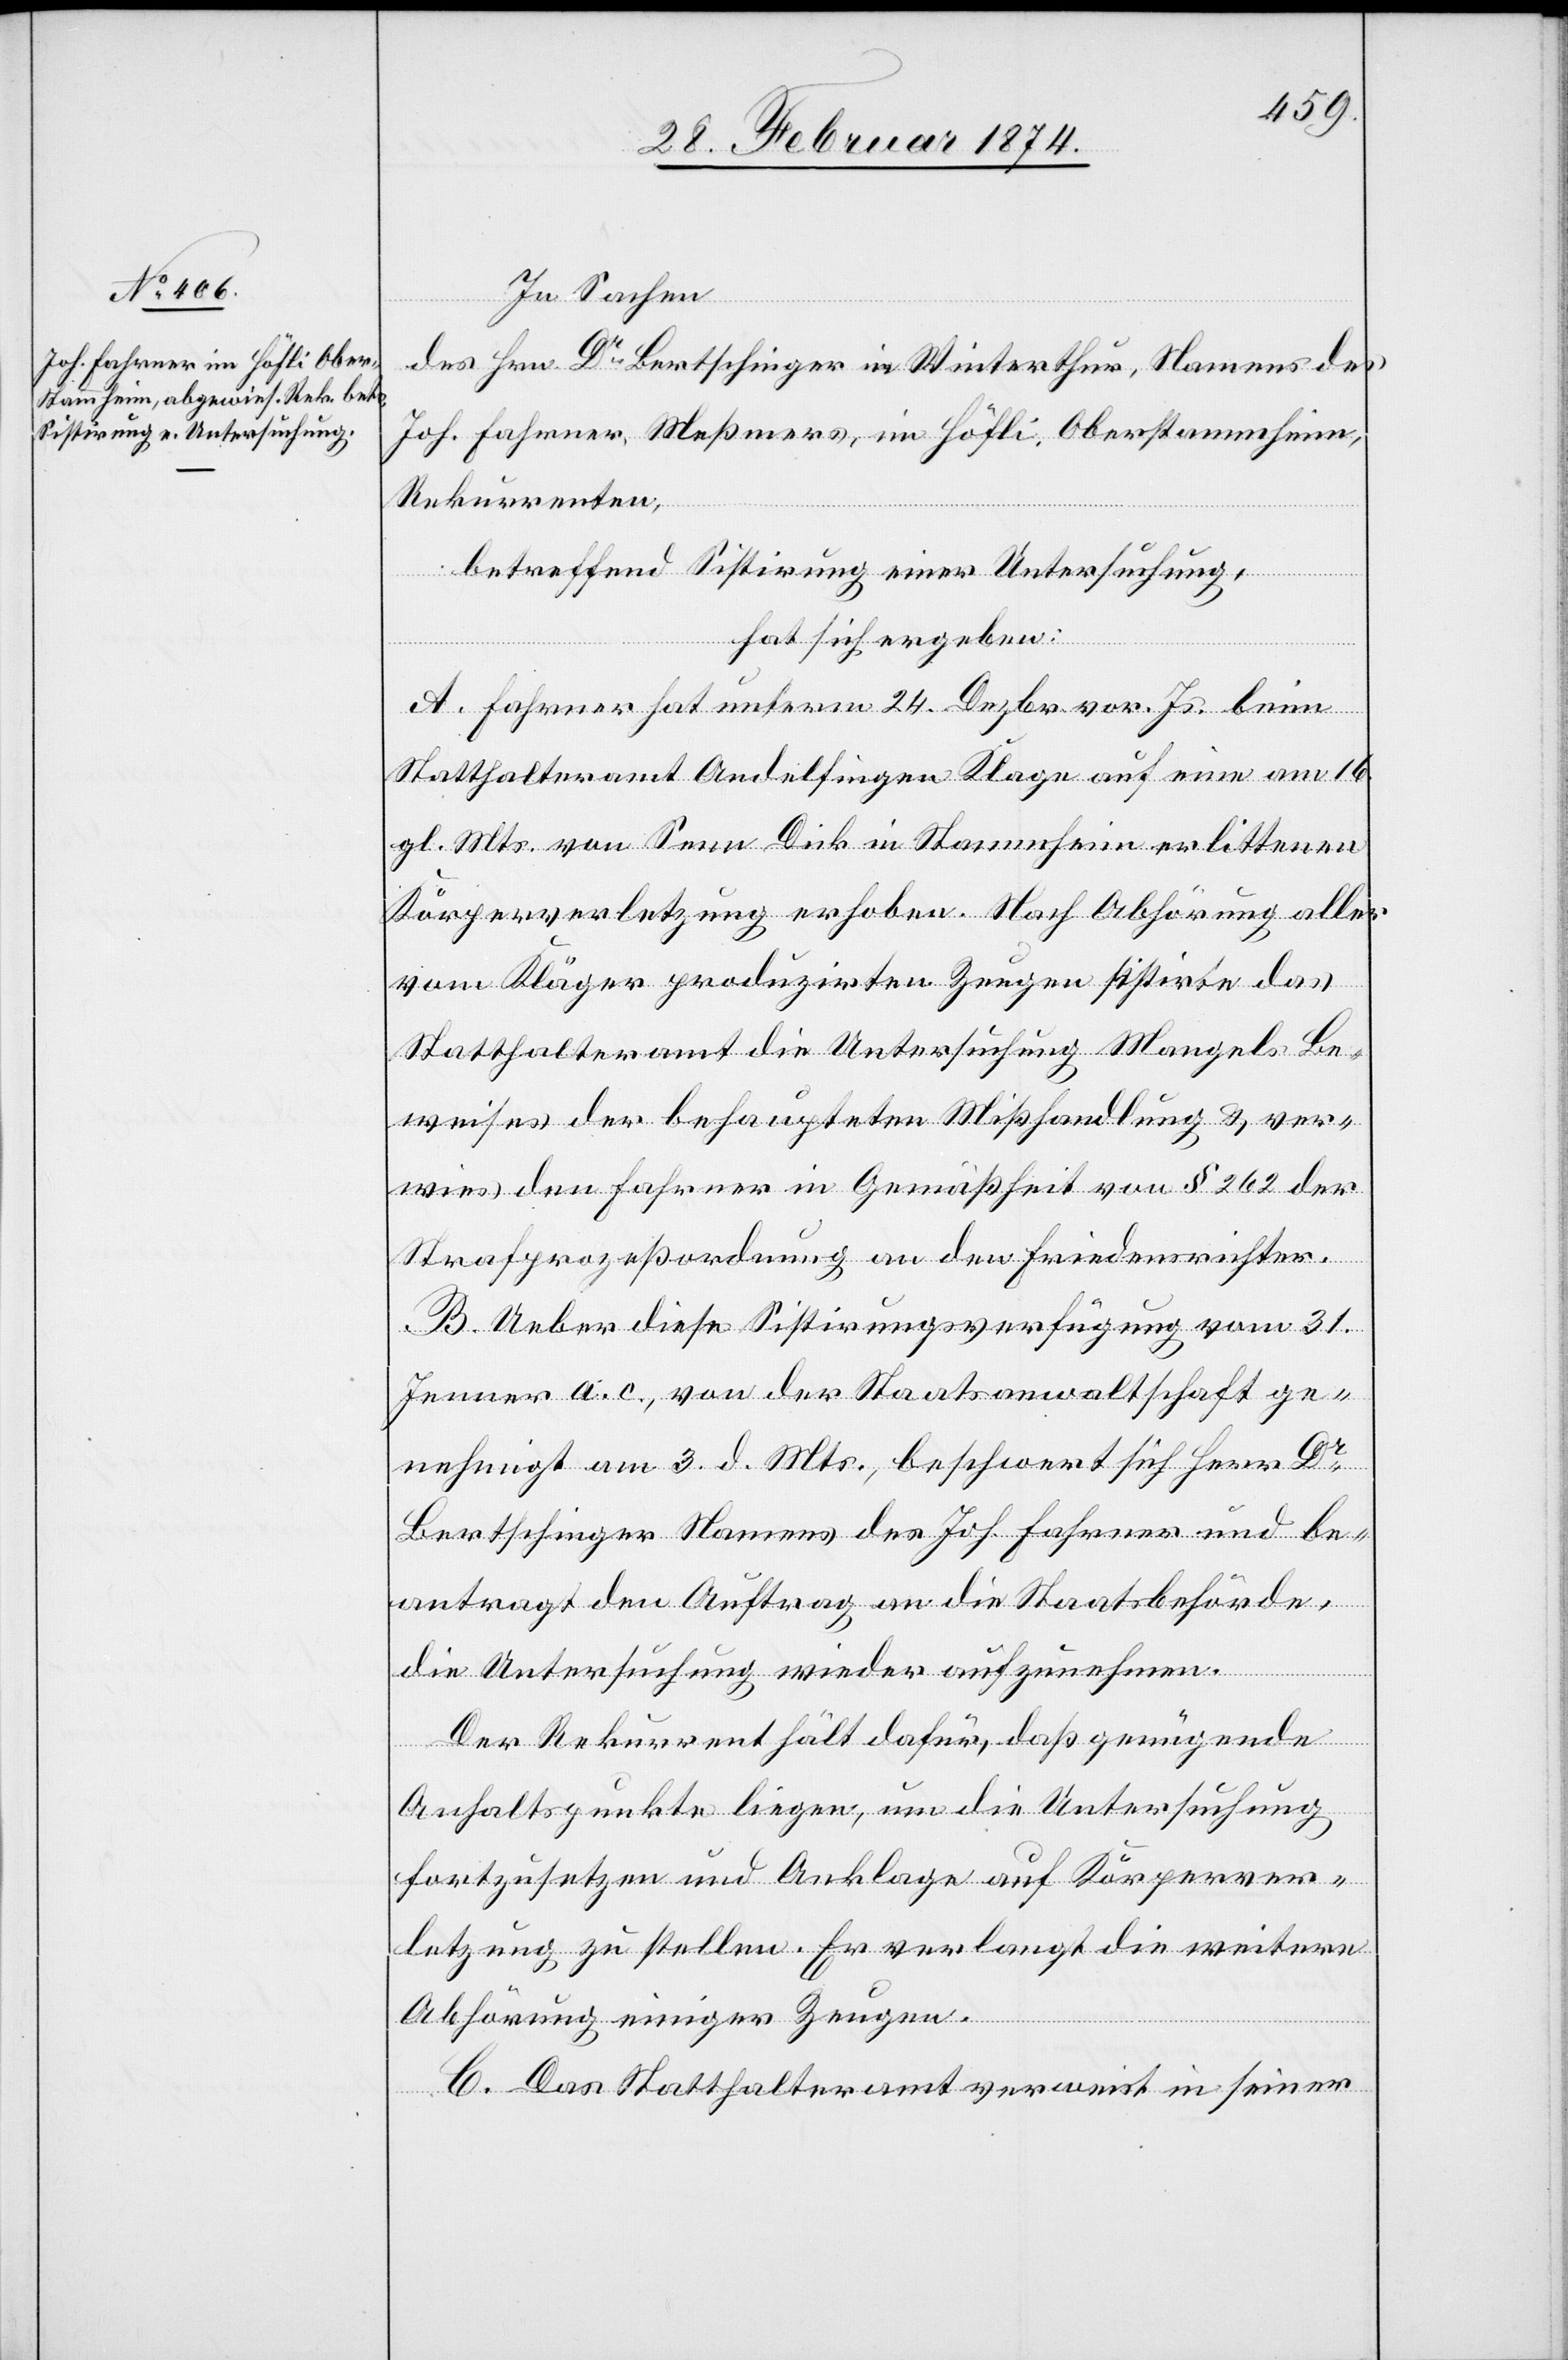
In Sachen
des Hrn. Dr Bertschinger in Winterthur, Namens des
Joh. Fahrner, Meßmers, im Höfli, Oberstammheim,
Rekurrenten,
betreffend Sistirung einer Untersuchung,
hat sich ergeben:
A. Fahrner hat unterm 24. Dezbr. vor. Js. beim
Statthalteramt Andelfingen Klage auf eine am 16.
gl. Mts. von Senn Dick in Stammheim erlittene
Körperverletzung erhoben. Nach Abhörung aller
vom Kläger produzirten Zeugen sistirte das
Statthalteramt die Untersuchung Mangels Be¬
weises der behaupteten Mißhandlung u. ver¬
wies den Fahrner in Gemäßheit von § 262 der
Strafprozeßordnung an den Friedensrichter.
B. Ueber diese Sistirungsverfügung vom 31.
Jenner a. c., von der Staatsanwaltschaft ge¬
nehmigt am 3. d. Mts., beschwert sich Herr Dr
Bertschinger Namens des Joh. Fahrner und be¬
antragt den Auftrag an die Staatsbehörde,
die Untersuchung wieder aufzunehmen.
Der Rekurs enthält dafür, daß genügende
Anhaltspunkte liegen, um die Untersuchung
fortzusetzen und Anklage auf Körperver¬
letzung zu stellen. Er verlangt die weitere
Abhörung einiger Zeugen.
C. Das Statthalteramt verweist in seiner